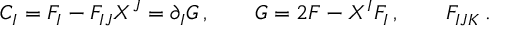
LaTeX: C _ { I } = F _ { I } - F _ { I J } X ^ { J } = \partial _ { I } G \, , \qquad G = 2 F - X ^ { I } F _ { I } \, , \qquad F _ { I J K } \, .